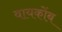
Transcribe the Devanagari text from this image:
वायकोंब